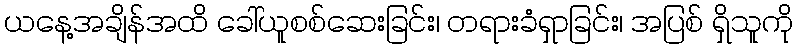
ယနေ့အချိန်အထိ ခေါ်ယူစစ်ဆေးခြင်း၊ တရားခံရှာခြင်း၊ အပြစ် ရှိသူကို